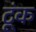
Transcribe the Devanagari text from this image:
टूंक